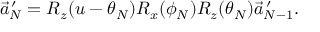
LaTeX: \vec { a } _ { N } ^ { \, \prime } = R _ { z } ( u - \theta _ { N } ) R _ { x } ( \phi _ { N } ) R _ { z } ( \theta _ { N } ) \vec { a } _ { N - 1 } ^ { \, \prime } .